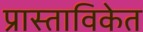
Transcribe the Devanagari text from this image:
प्रास्ताविकेत